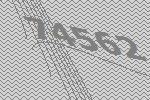
74562